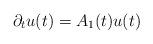
LaTeX: \begin{align*} \partial_t u(t) = A_1(t) u(t)\end{align*}